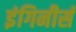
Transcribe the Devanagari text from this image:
इंगिनीर्स